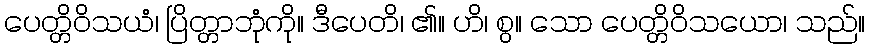
ပေတ္တိဝိသယံ၊ ပြိတ္တာဘုံကို။ ဒီပေတိ၊ ၏။ ဟိ၊ စွ။ သော ပေတ္တိဝိသယော၊ သည်။